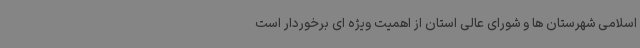
اسلامی شهرستان ها و شورای عالی استان از اهمیت ویژه ای برخوردار است